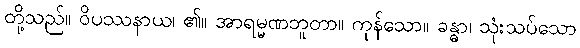
တို့သည်။ ဝိပဿနာယ၊ ၏။ အာရမ္မဏဘူတာ။ ကုန်သော။ ခန္ဓာ၊ သုံးသပ်သော